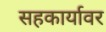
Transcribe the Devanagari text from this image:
सहकार्यावर